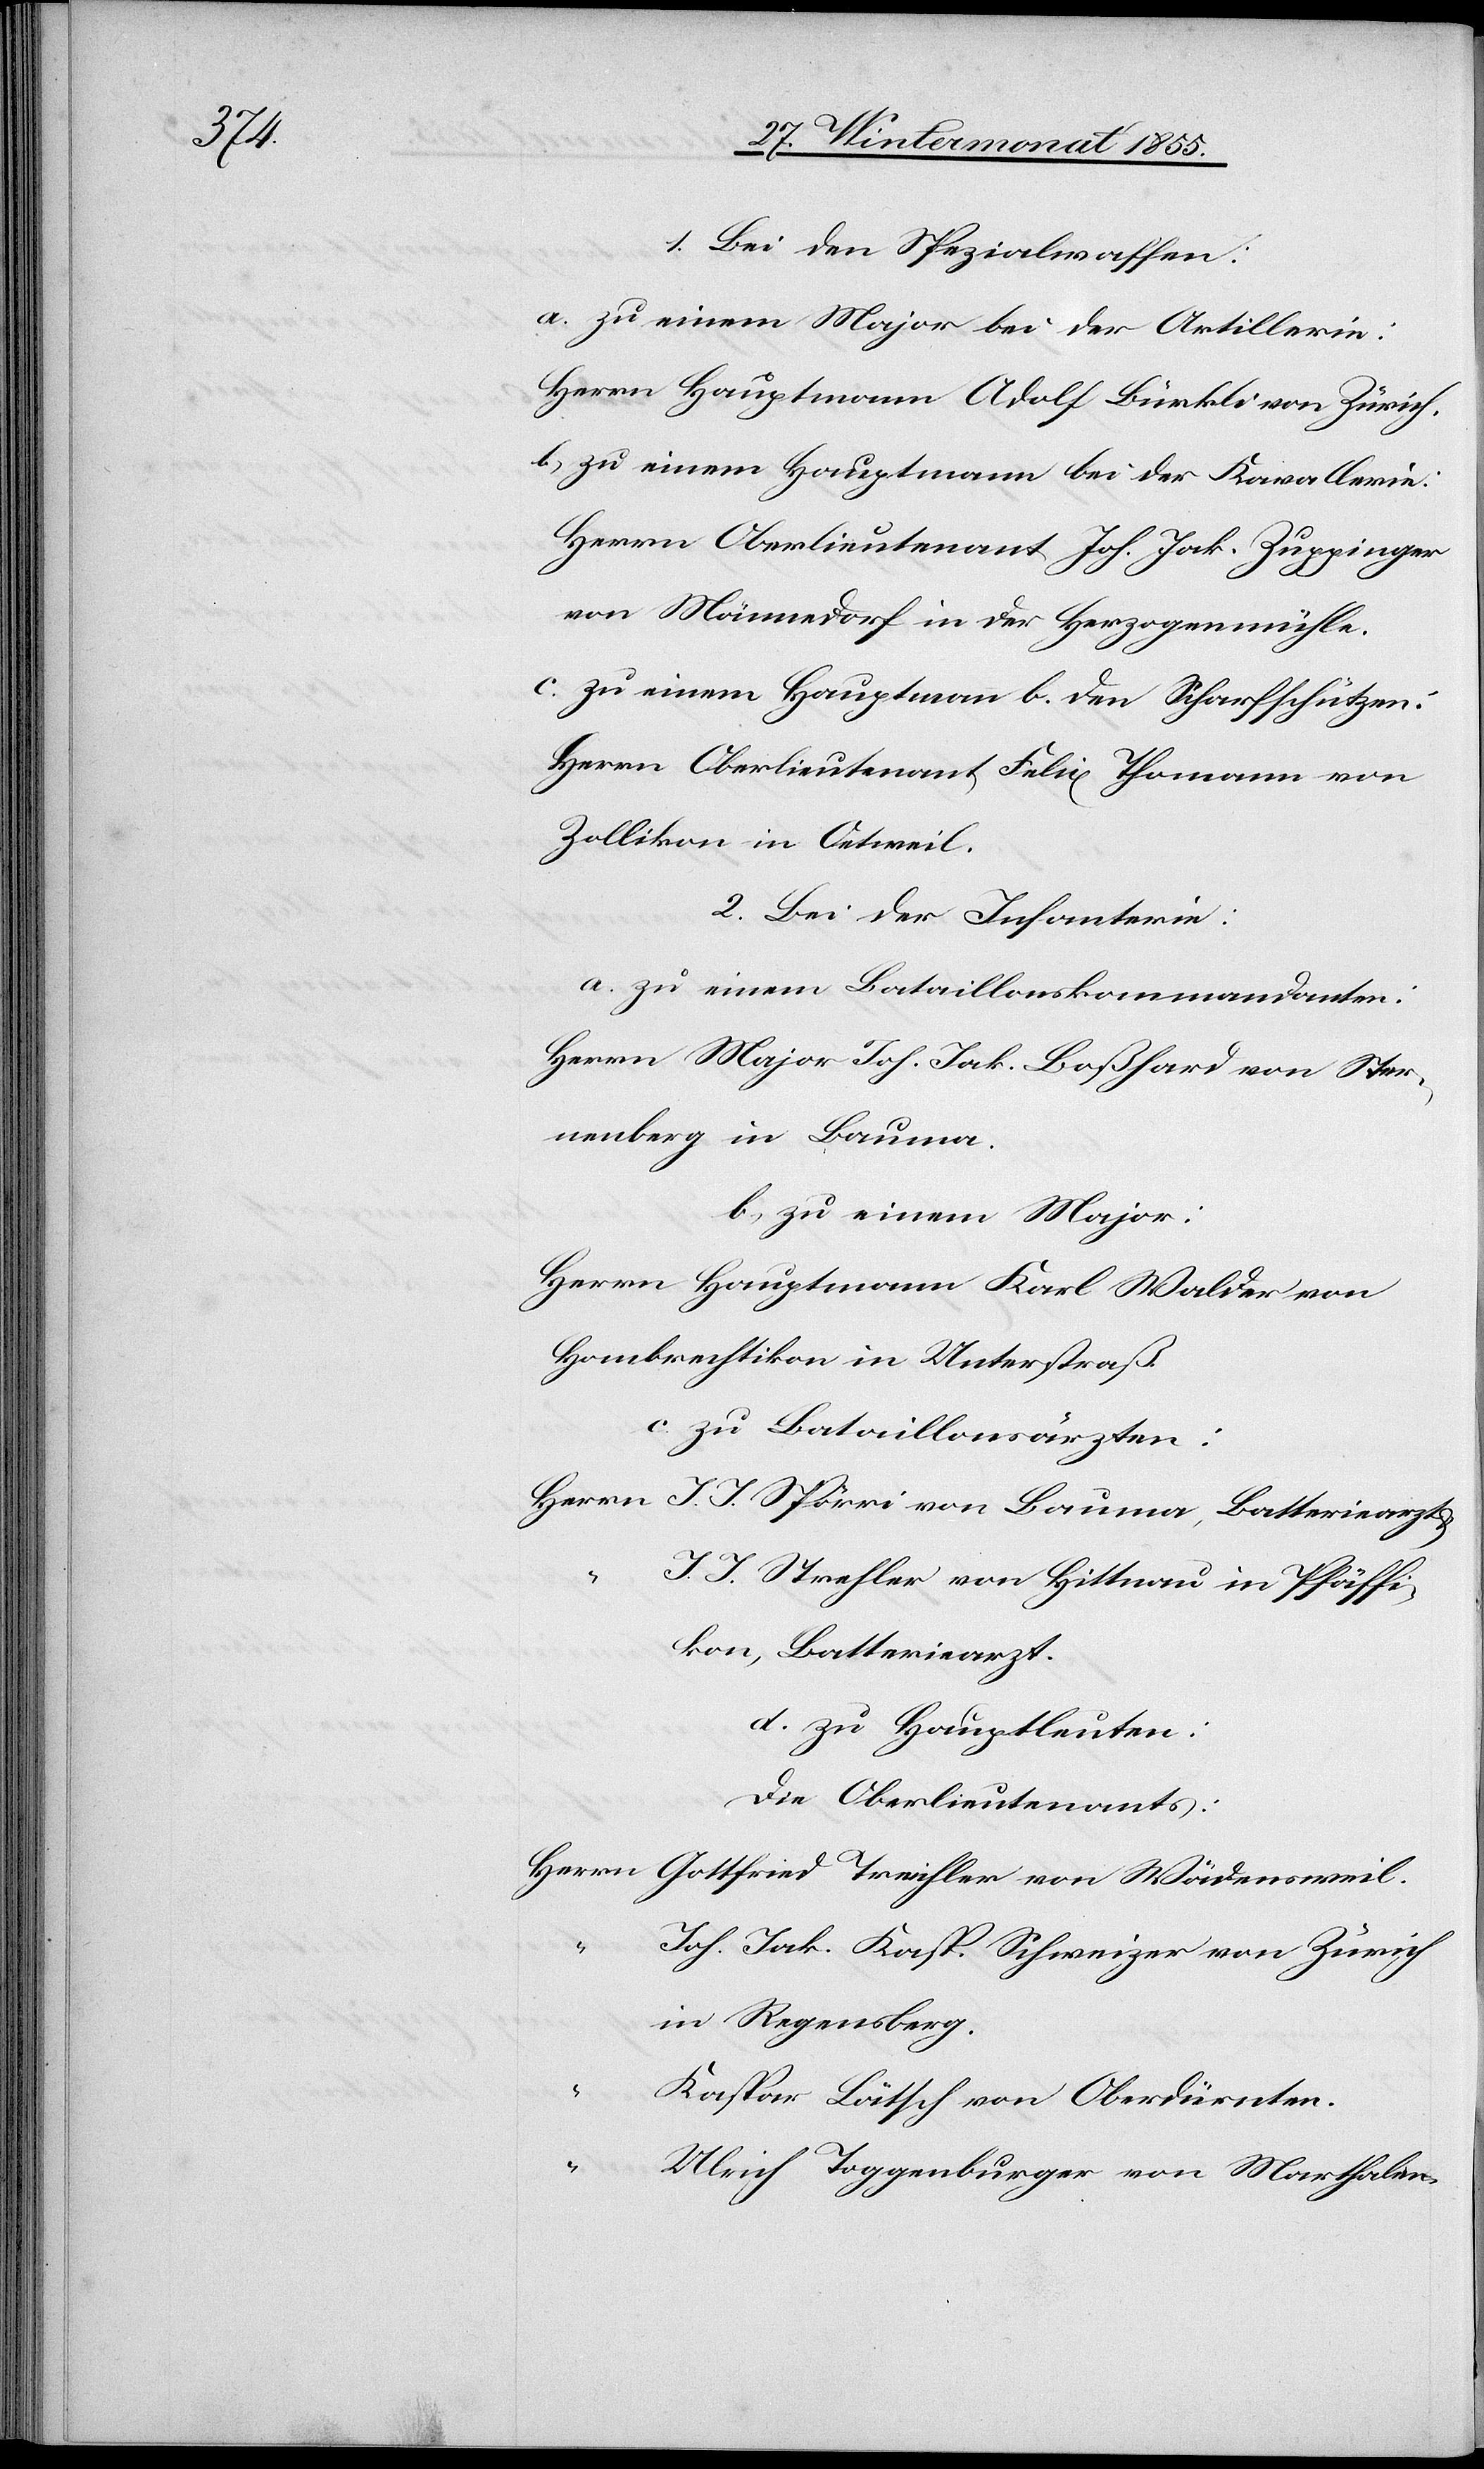
1. Bei den Spezialwaffen:
a. zu einem Major bei der Artillerie:
Herrn Hauptmann Adolf Bürkli von Zürich.
b.) zu einem Hauptmann bei der Kavallerie:
Herrn Oberlieutenant Joh. Jak. Zuppinger
von Männedorf in der Herzogenmühle.
c. zu einem Hauptmann b. den Scharfschützen:
Herrn Oberlieutenant Felix Thomann von
Zollikon in Oetweil.
2. Bei der Infanterie:
a. zu einem Bataillonskommandanten:
Herrn Major Joh. Jak. Boßhard von Ster¬
nenberg in Bauma.
b.) zu einem Major:
Herrn Hauptmann Karl Walder von
Hombrechtikon in Unterstraß.
c. zu Bataillonsärzten:
Herrn J. J. Spörri von Bauma, Batteriearzt
“
J. J. Strehler von Hittnau in Pfäffi¬
kon, Batteriearzt.
d. zu Hauptleuten:
Die Oberlieutenants:
Herrn Gottfried Treichler von Wädensweil.
Joh. Jak. Kasp. Schweizer von Zürich
in Regensberg.
Kaspar Lätsch von Oberdürnten.
“
Ulrich Toggenburger von Marthalen.